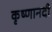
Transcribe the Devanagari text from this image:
कृष्णानदी